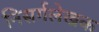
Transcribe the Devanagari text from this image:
निसर्गलेखक